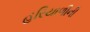
હરિયાળીની